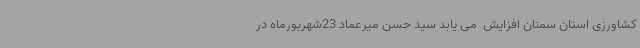
کشاورزی استان سمنان افزایش  می یابد سید حسن میرعماد 23شهریورماه در